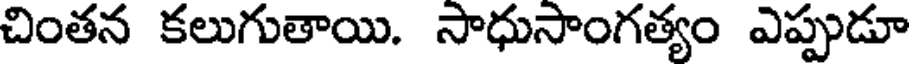
చింతన కలుగుతాయి. సాధుసాంగత్యం ఎప్పుడూ